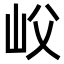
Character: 𡵛